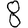
Digit: 8